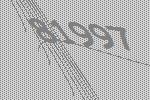
81997